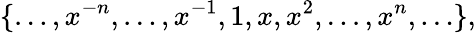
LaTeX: \{ \ldots,x^{-n},\ldots,x^{-1},1,x,x^{2},\ldots,x^{n},\ldots\} ,